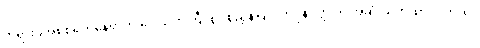
တရားခံအစစ်ရှိတဲ့နေရာကို ဒေါသတကြီး စွပ်စွဲညွှန်ပြလိုက်ပုံနဲ့ဝတ္ထုကို အဆုံးသတ်ထားပါတယ်။